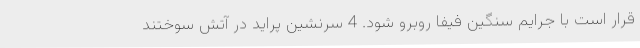
قرار است با جرایم سنگین فیفا روبرو شود. 4 سرنشین پراید در آتش سوختند